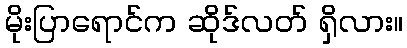
မိုးပြာရောင်က ဆိုဒ်လတ် ရှိလား။